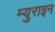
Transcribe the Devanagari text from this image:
म्युराइन